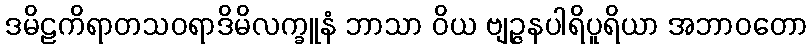
ဒမိဠကိရာတသဝရာဒိမိလက္ခူနံ ဘာသာ ဝိယ ဗျဉ္ဇနပါရိပူရိယာ အဘာဝတော